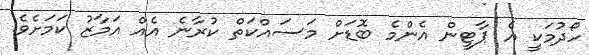
ހޯދުމަކީ އެ ޕާޓީން އެންމެ ބޮޑަށް މަސައްކަތް ކުރާނެ އެއް އަމާޒު ކަމަށެވެ.